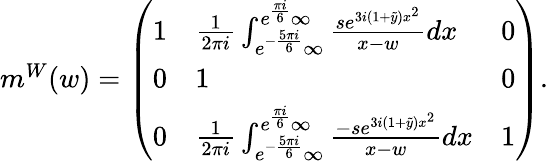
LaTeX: \begin{array}{r}{m^{W}(w)=\left(\begin{array}{lll}{1}&{\frac{1}{2\pi i}\int_{e^{-\frac{5\pi i}{6}}\infty}^{e^{\frac{\pi i}{6}}\infty}\frac{se^{3i(1+\tilde{y})x^{2}}}{x-w}dx}&{0}\\ {0}&{1}&{0}\\ {0}&{\frac{1}{2\pi i}\int_{e^{-\frac{5\pi i}{6}}\infty}^{e^{\frac{\pi i}{6}}\infty}\frac{-se^{3i(1+\tilde{y})x^{2}}}{x-w}dx}&{1}\end{array}\right).}\end{array}